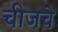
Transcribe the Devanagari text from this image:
चीजचे